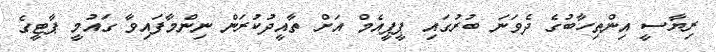
ރިޔާސީ އިންތިހާބުގެ ދެވަނަ ބުރުގައި ޕީޕީއެމް އަށް ތާއީދުކުރަން ނިންމާފައިވާ ގައުމީ ޕާޓީގެ